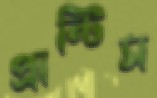
প্রান্টিস